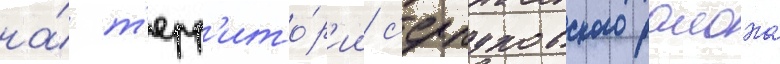
на́ т'ерр'ито́р'ии с'ерпуховского раиона